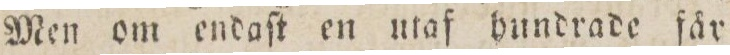
Men om endaſt en utaf hundrade fär